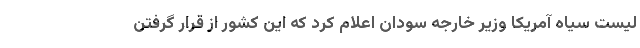
لیست سیاه آمریکا وزیر خارجه سودان اعلام کرد که این کشور از قرار گرفتن